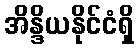
အိန္ဒိယနိုင်ငံရှိ